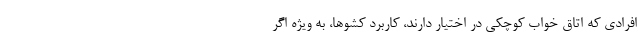
افرادی که اتاق خواب کوچکی در اختیار دارند، کاربرد کشوها، به ویژه اگر